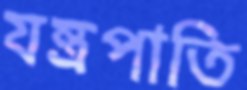
যন্ত্রপাতি